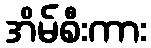
အိမ်စီးကား